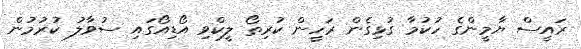
ރައީސް ޔާމީންގެ ހުކުމާ ގުޅިގެން ރަހީން ކުރިތޯ ލީކްވި އޯޑިއޯގައި ސުވާލު ކުރުމުން